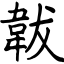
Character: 韍